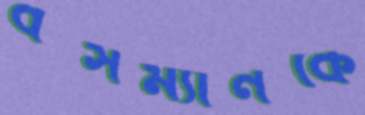
বসম্যানকে